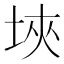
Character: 埉